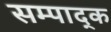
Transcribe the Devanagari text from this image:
सम्पाद्क